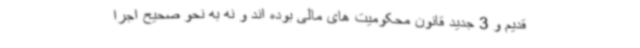
قدیم و 3 جدید قانون محکومیت های مالی بوده اند و نه به نحو صحیح اجرا